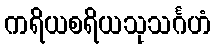
ကရိယစရိယသုသင်္ဂဟံ